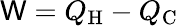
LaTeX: \mathsf{W}=Q_{\mathrm{{H}}}-Q_{\mathrm{{C}}}